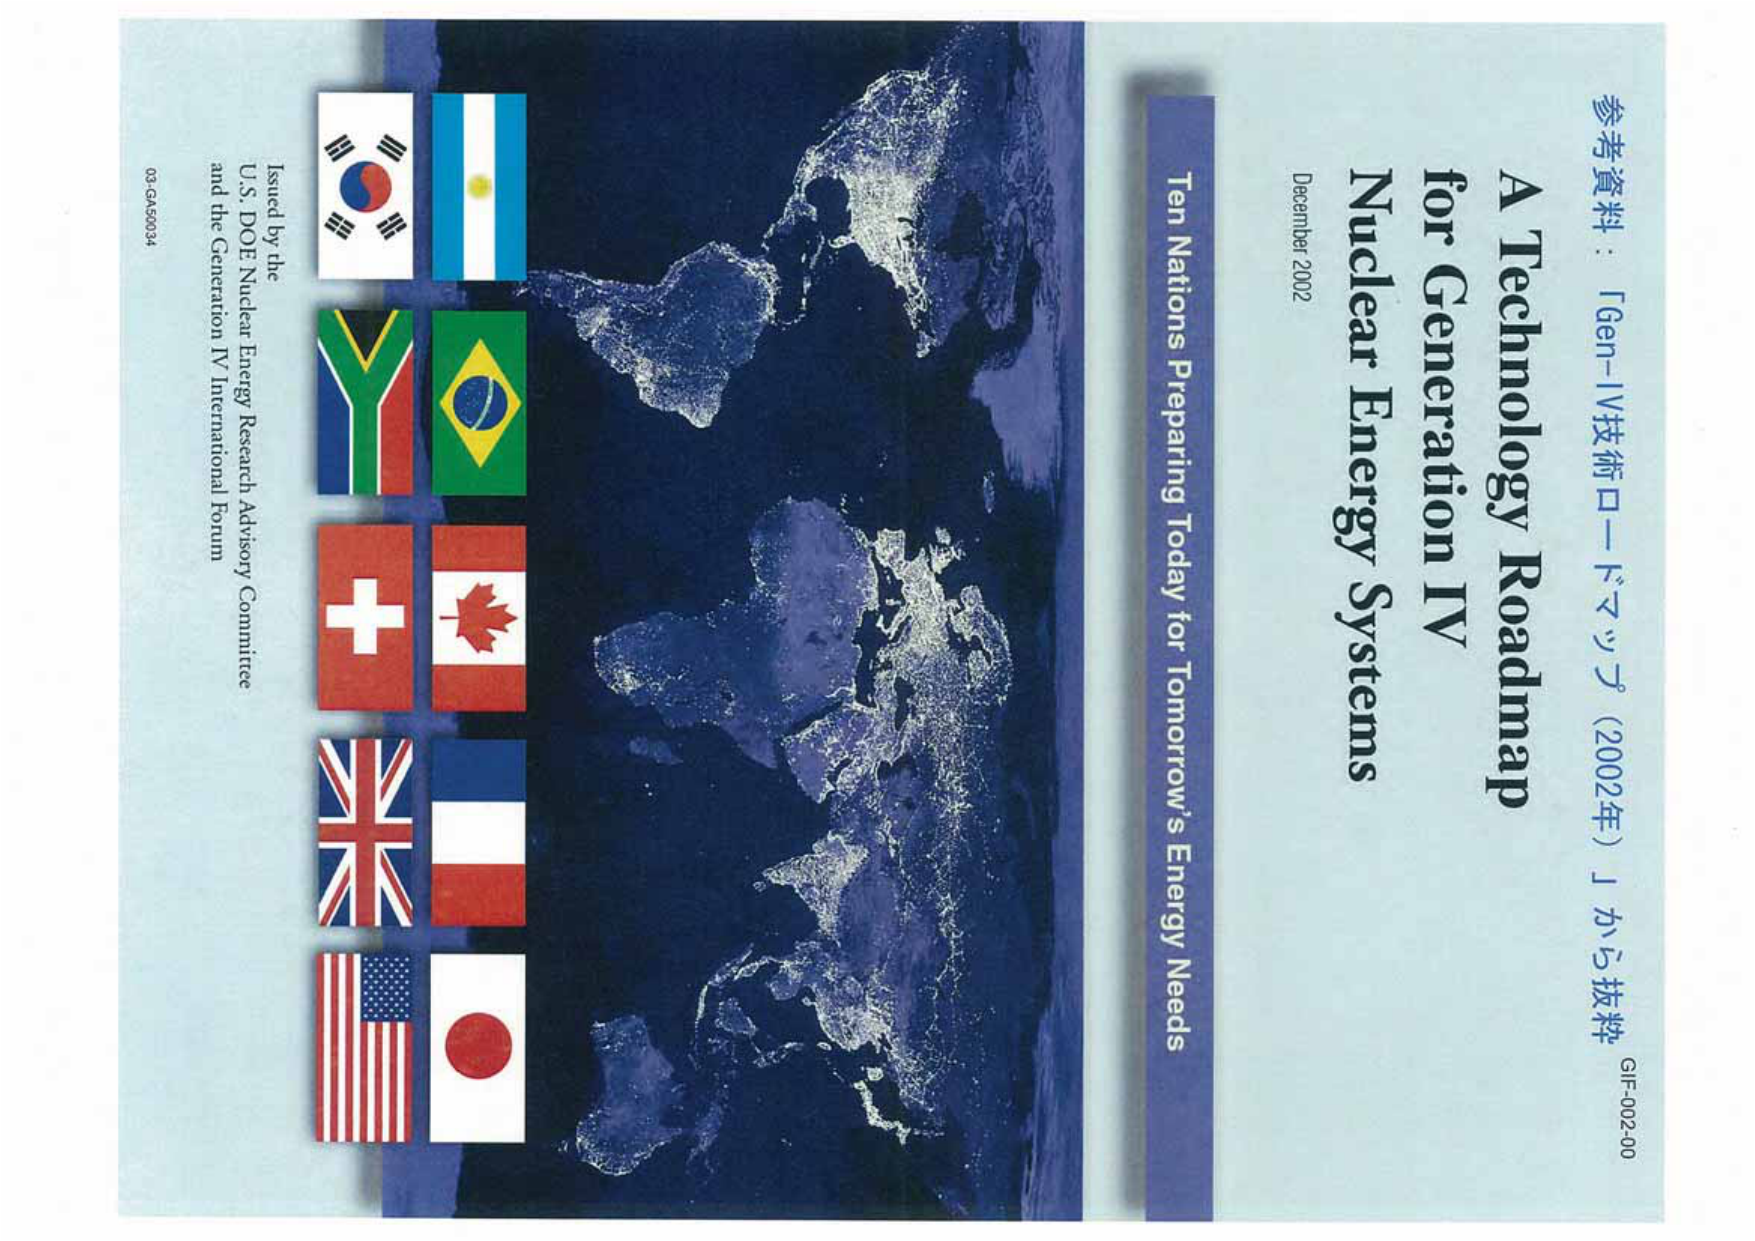
A Technology Roadmap
for Generation IV
Nuclear Energy Systems

December 2002

Ten Nations Preparing Today for Tomorrow's Energy Needs

参考資料：「Gen-IV技術ロードマップ（2002年）」から抜粋
GIF-002-00

Issued by the
U.S. DOE Nuclear Energy Research Advisory Committee
and the Generation IV International Forum

03/GA/50034